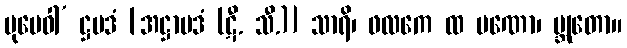
ပုမေဝါ’ ဋ္ဌပဒံ [အဋ္ဌာပဒံ (ဋီ. သီ.)] သာရိ၊ ဖလကေ ထ ပဏော၊ ဗ္ဘုတော။